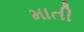
માતી